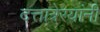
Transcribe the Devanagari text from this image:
दत्तात्रेरयांनी